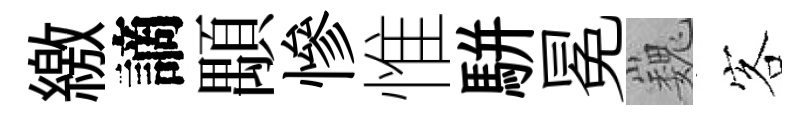
繳謫顒慘惟駢冕巍客